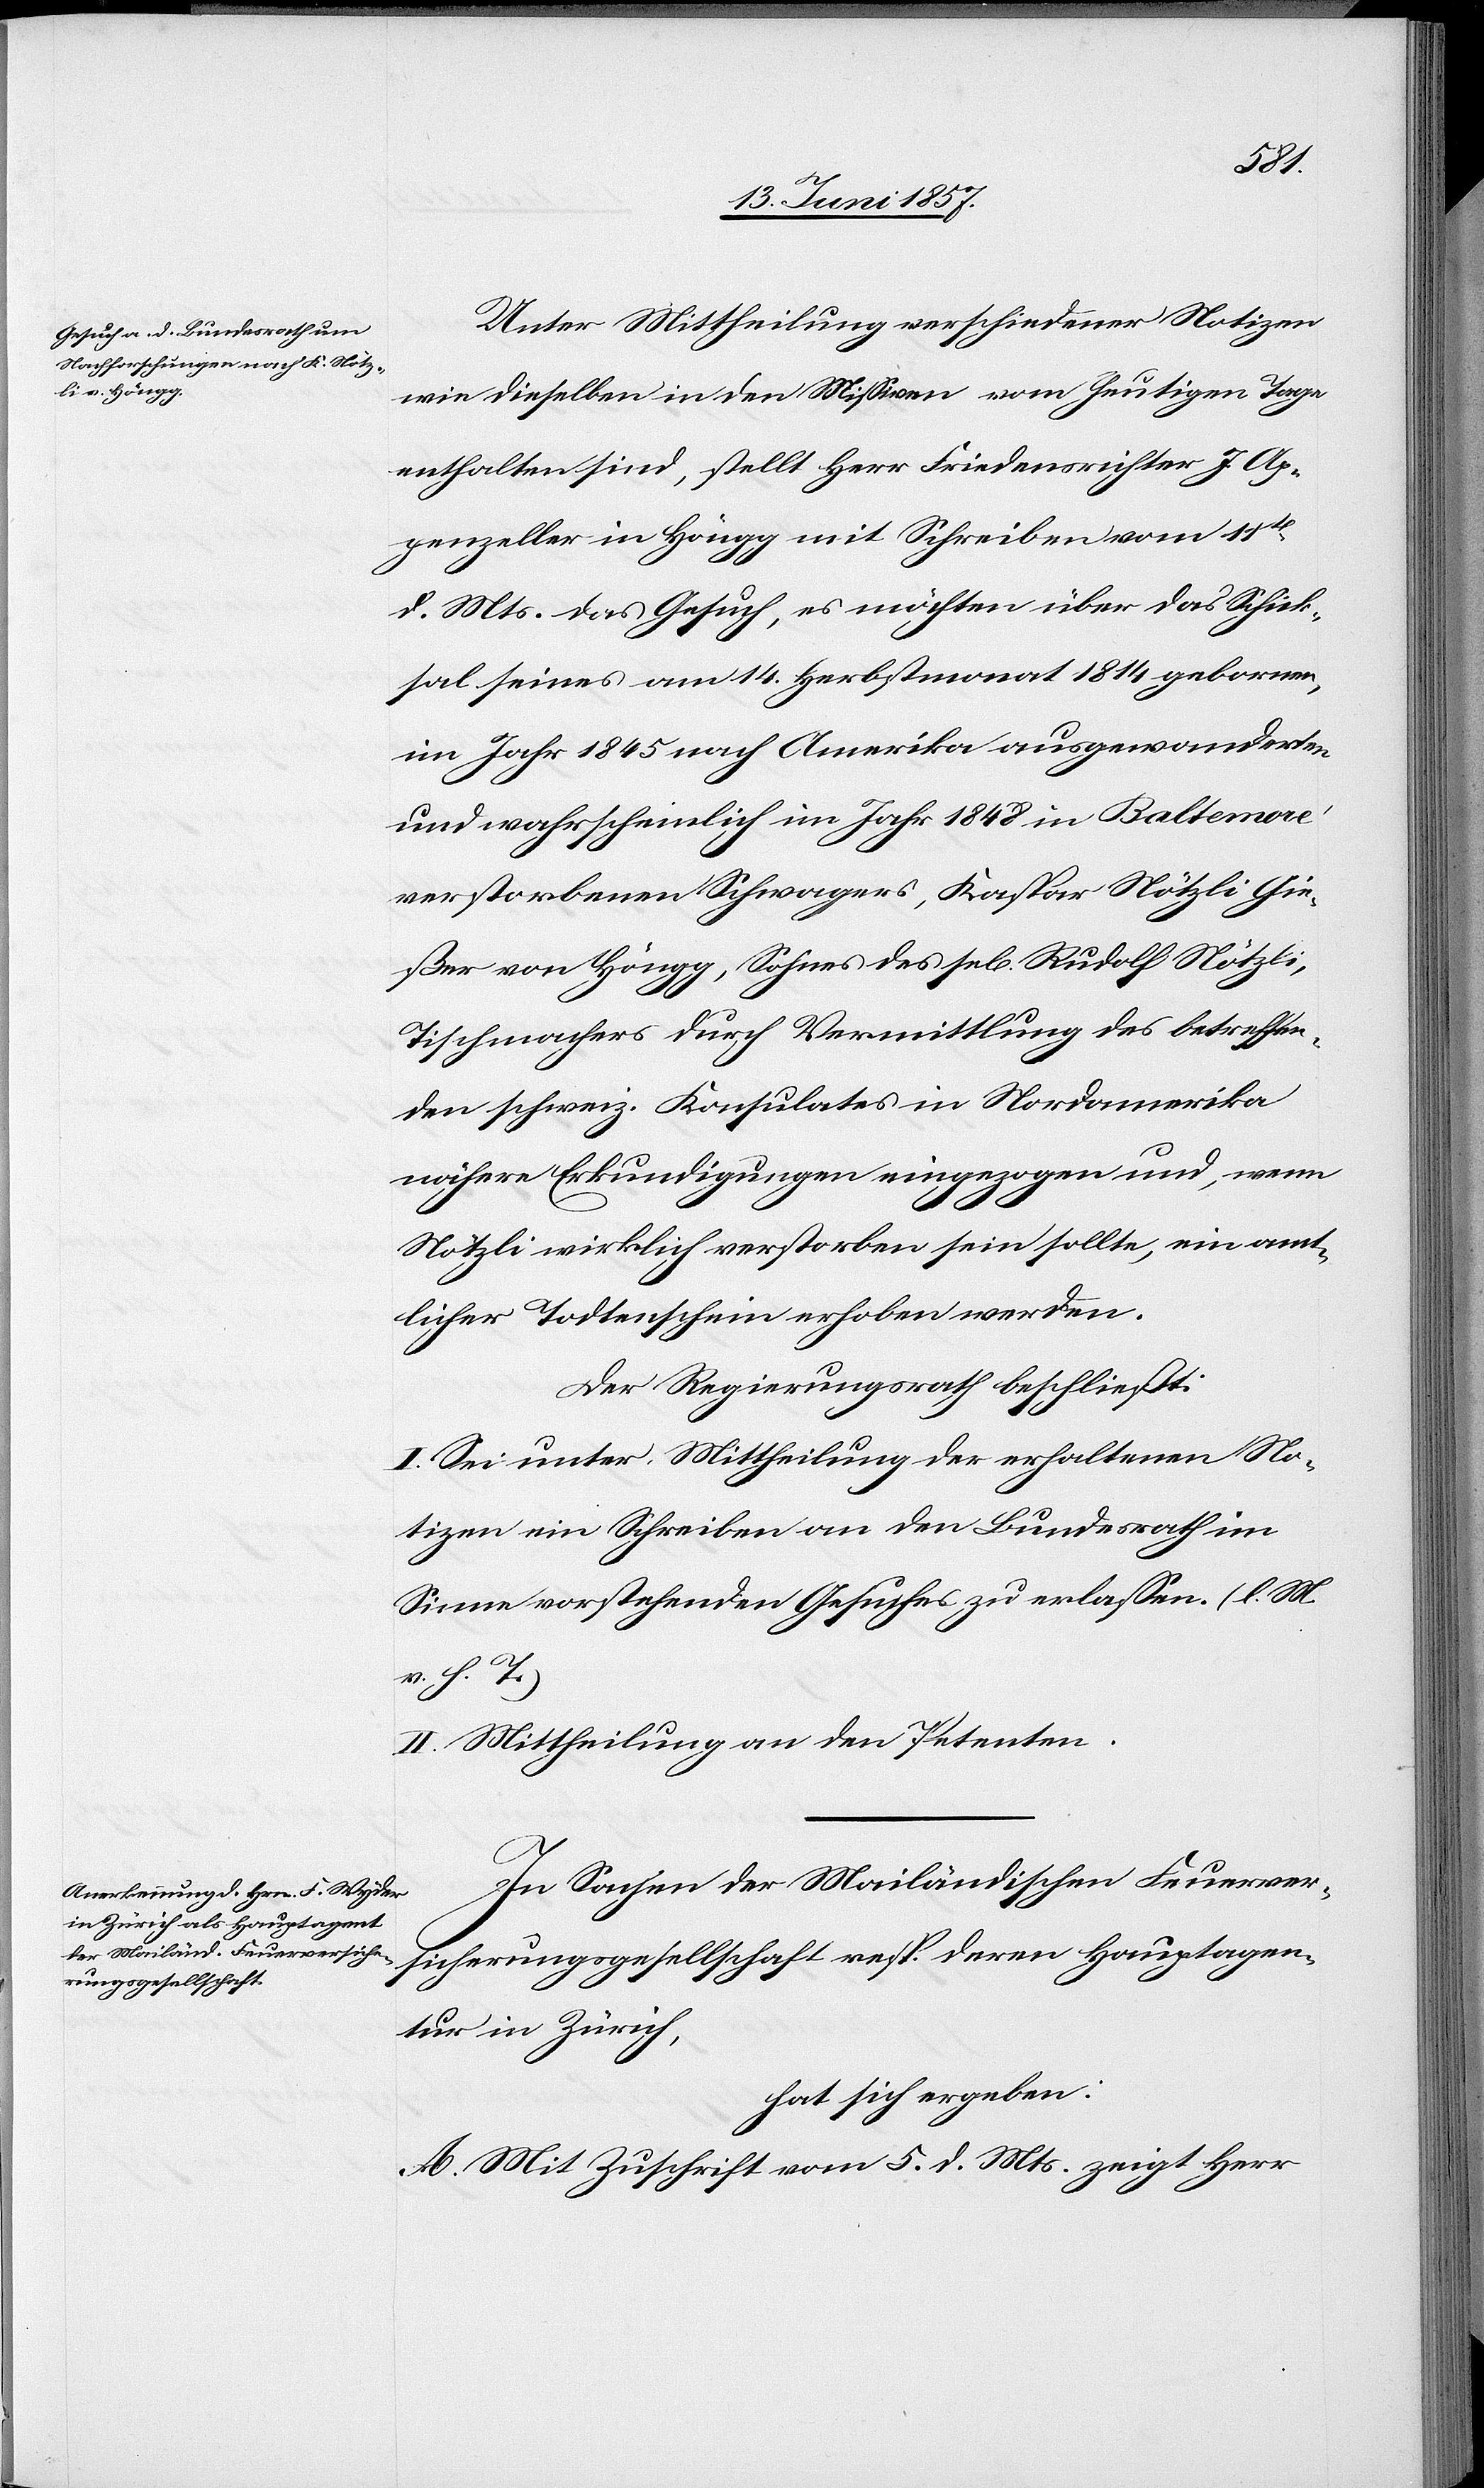
Unter Mittheilung verschiedener Notizen
wie dieselben in den Missiven vom heutigen Tage
enthalten sind, stellt Herr Friedensrichter J. Ap¬
penzeller in Höngg mit Schreiben vom 11ten
d. Mts. das Gesuch, es möchten über das Schick¬
sal seines am 14 Herbstmonat 1814 geborenen,
im Jahr 1845 nach Amerika ausgewanderten
und wahrscheinlich im Jahr 1848 in Baltemore
verstorbenen Schwagers, Kaspar Nötzli Gie¬
ßer von Höngg, Sohnes des sel. Rudolf Nötzli,
Tischmachers durch Vermittlung des betreffen¬
den schweiz. Konsulates in Nordamerika
nähere Erkundigungen eingezogen und, wenn
Nötzli wirklich verstorben sein sollte, ein amt¬
licher Todtenschein erhoben werden.
Der Regierungsrath beschließt:
I. Sei unter Mittheilung der erhaltenen No¬
tizen ein Schreiben an den Bundesrath im
Sinne vorstehenden Gesuches zu erlassen. [l. M.
v. h. T]
II. Mittheilung an den Petenten.
In Sachen der Mailändischen Feuerver¬
sicherungsgesellschaft resp. deren Hauptagen¬
tur in Zürich,
hat sich ergeben:
A. Mit Zuschrift vom 5 d. Mts. zeigt Herr